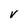
Character: v